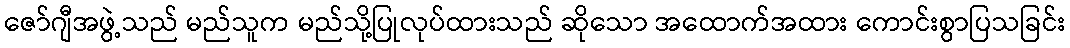
ဇော်ဂျီအဖွဲ့သည် မည်သူက မည်သို့ပြုလုပ်ထားသည် ဆိုသော အထောက်အထား ကောင်းစွာပြသခြင်း